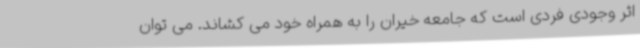
اثر وجودی فردی است که جامعه خیران را به همراه خود می کشاند. می توان